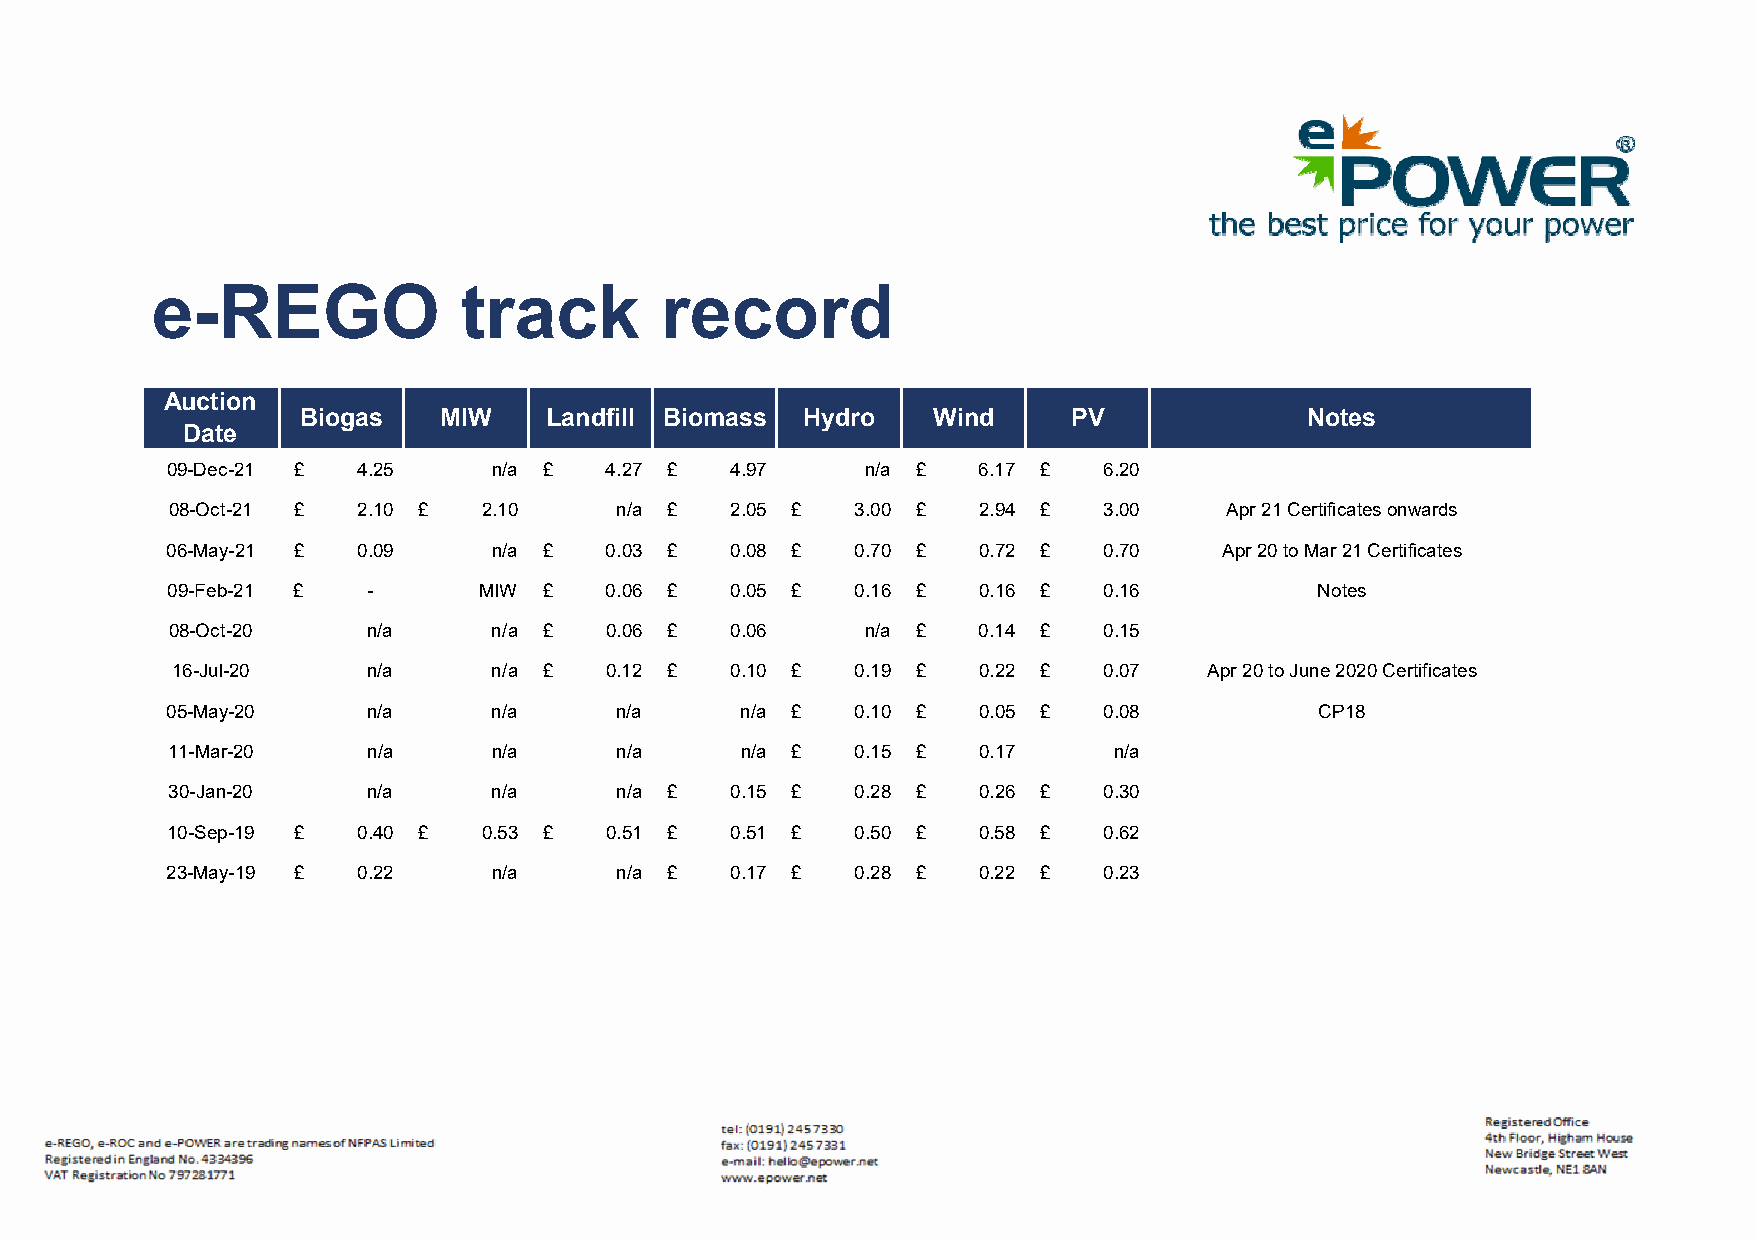
e-REGO              track         record
 Auction
 Biogas   MIW    Landfill Biomass Hydro    Wind     PV             Notes
 Date
 09-Dec-21 £  4 .25    n/a £  4 .27 £ 4.97     n/a £   6 .17 £ 6.20
 08-Oct-21 £  2 .10 £ 2.10     n/a £  2 .05 £  3.00 £  2.94 £  3 .00   Apr 21 Certificates onwards
 06-May-21 £  0 .09    n/a £  0 .03 £ 0.08 £   0.70 £  0.72 £  0.70    Apr 20 to Mar 21 Certificates
 09-Feb-21 £  -       MIW £   0 .06 £ 0.05 £   0.16 £  0.16 £  0.16          Notes
 08-Oct-20    n/a      n/a £  0 .06 £ 0.06     n/a £   0 .14 £ 0.15
 16-Jul-20    n/a      n/a £  0 .12 £ 0.10 £   0.19 £  0.22 £  0 .07  Apr 20 to June 2020 Certificates
 05-May-20    n/a      n/a     n/a     n/a £   0 .10 £ 0.05 £  0.08          CP18
 11-Mar-20    n/a      n/a     n/a     n/a £   0 .15 £ 0.17     n/a
 30-Jan-20    n/a      n/a     n/a £  0 .15 £  0.28 £  0.26 £  0.30
 10-Sep-19 £  0 .40 £ 0.53 £  0.51 £  0.51 £   0.50 £  0.58 £  0.62
 23-May-19 £  0 .22    n/a     n/a £  0 .17 £  0.28 £  0.22 £  0.23